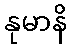
နုမာနိ